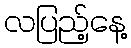
လပြည့်နေ့